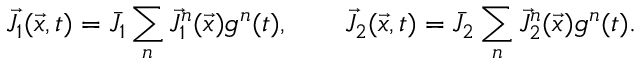
\vec { J } _ { 1 } ( \vec { x } , t ) = \bar { J } _ { 1 } \sum _ { n } \vec { J } _ { 1 } ^ { n } ( \vec { x } ) g ^ { n } ( t ) , \qquad \vec { J } _ { 2 } ( \vec { x } , t ) = \bar { J } _ { 2 } \sum _ { n } \vec { J } _ { 2 } ^ { n } ( \vec { x } ) g ^ { n } ( t ) .